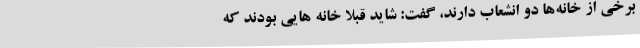
برخی از خانه‌ها دو انشعاب دارند، گفت: شاید قبلا خانه هایی بودند که